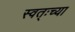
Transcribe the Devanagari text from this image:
स्वत्ःच्या